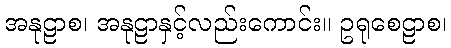
အနုဠာစ၊ အနုဠာနှင့်လည်းကောင်း။ ဥရုစေဠာစ၊